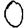
Digit: 0